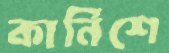
কার্নিশে